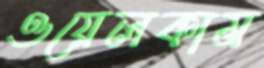
ওয়েলকাম